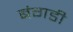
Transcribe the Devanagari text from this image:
बंगडी